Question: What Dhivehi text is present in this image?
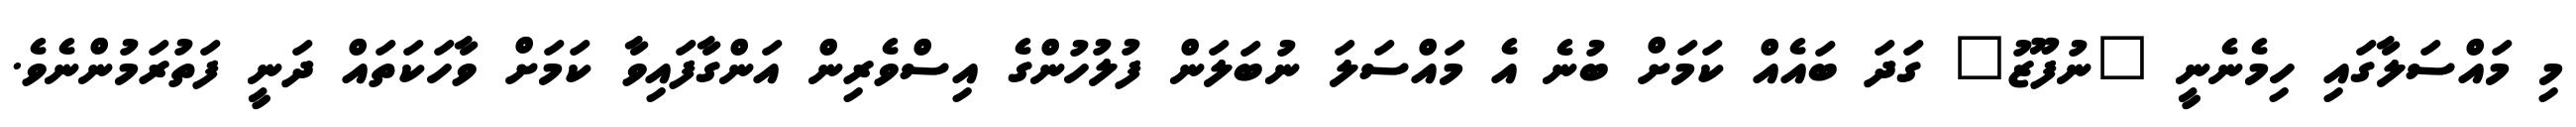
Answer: މި މައްސަލާގައި ހިމެނެނީ "ނުފޫޒު" ގަދަ ބައެއް ކަމަށް ބުނެ އެ މައްސަލަ ނުބަލަން ފުލުހުންގެ އިސްވެރިން އަންގާފައިވާ ކަމަށް ވާހަކަތައް ދަނީ ފަތުރަމުންނެވެ.